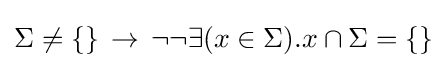
\Sigma \neq \{\}\,\to \,\neg \neg \exists (x\in \Sigma ).x\cap \Sigma =\{\}